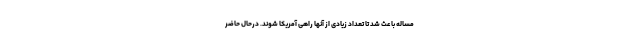
مساله باعث شد تا تعداد زیادی از آنها راهی آمریکا شوند. درحال حاضر